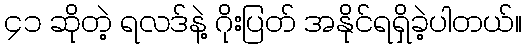
၄၁ ဆိုတဲ့ ရလဒ်နဲ့ ဂိုးပြတ် အနိုင်ရရှိခဲ့ပါတယ်။